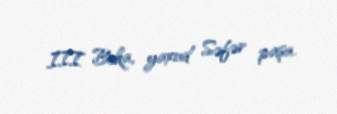
III Beka, yaxud Səfər paşa.